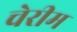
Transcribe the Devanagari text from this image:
चेरीम